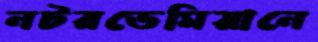
নটরডেমিয়ানে